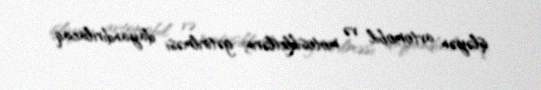
işləyən avtomobil və motosikletlərin gətirilməsi dayandırılacaq.